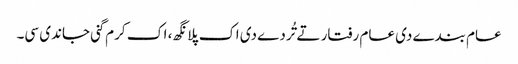
عام بندے دی عام رفتار تے تُردے دی اک پلانگھ، اک کرم گنی جاندی سی۔